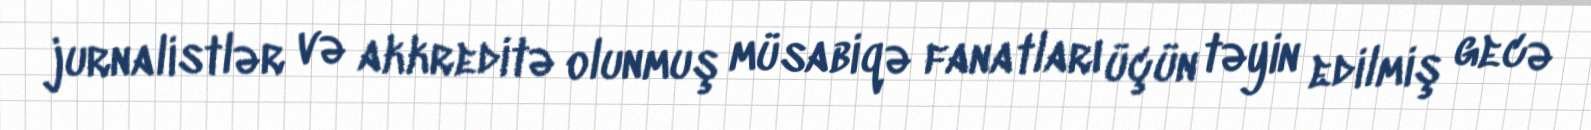
jurnalistlər və akkreditə olunmuş müsabiqə fanatları üçün təyin edilmiş gecə